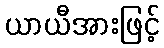
ယာယီအားဖြင့်